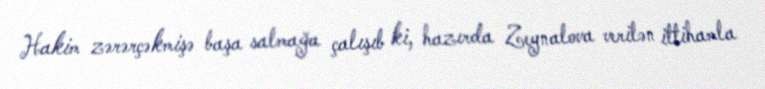
Hakim zərərçəkmişə başa salmağa çalışıb ki, hazırda Zeynalova verilən ittihamla